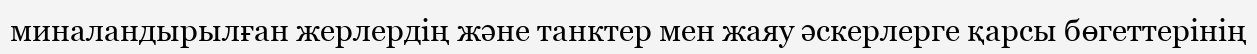
миналандырылған жерлердің және танктер мен жаяу әскерлерге қарсы бөгеттерінің